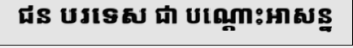
ជន បរទេស ជា បណ្តោះអាសន្ន